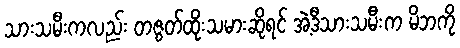
သားသမီးကလည်း တဇွတ်ထိုးသမားဆိုရင် အဲ့ဒီသားသမီးက မိဘကို